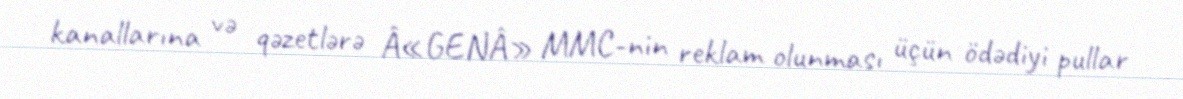
kanallarına və qəzetlərə Â«GENÂ» MMC-nin reklam olunması üçün ödədiyi pullar